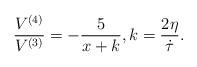
LaTeX: \begin{align*} \frac{V^{(4)}}{V^{(3)}}=-\frac{5}{x+k}, k=\frac{2\eta}{\dot{\tau}}.\end{align*}